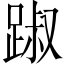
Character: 踧